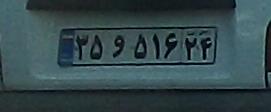
۳۵و۵۱۶۲۴